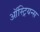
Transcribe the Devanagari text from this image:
ऑस्ट्रियन्स